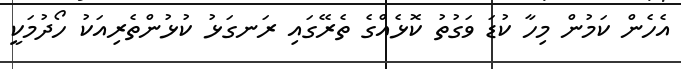
އެހެން ކަމުން މިހާ ކުޑަ ވަގުތު ކޮޅެއްގެ ތެރޭގައި ރަނގަޅު ކުޅުންތެރިއަކު ހޯދުމަކީ